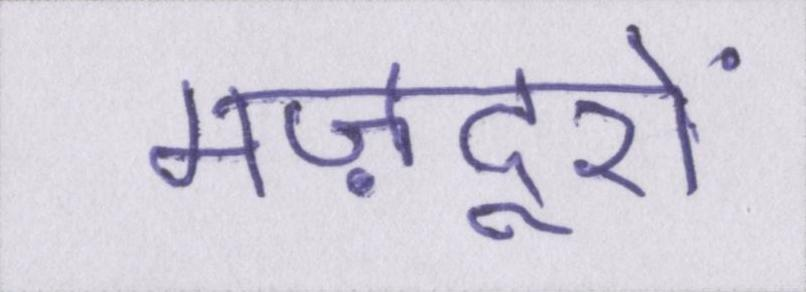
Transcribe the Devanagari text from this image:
मज़दूरों